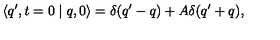
\langle q ^ { \prime } , t = 0 \mid q , 0 \rangle = \delta ( q ^ { \prime } - q ) + A \delta ( q ^ { \prime } + q ) ,